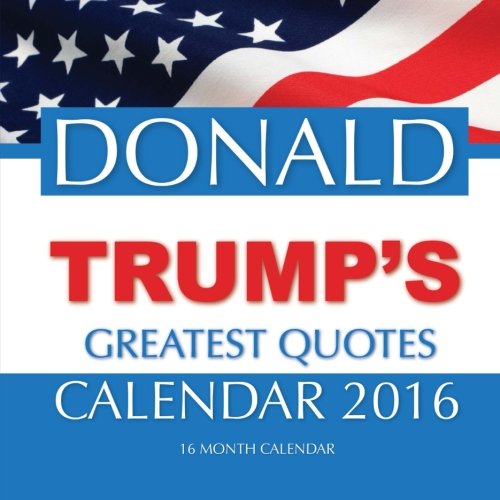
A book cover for DONALD TRUMP'S GREATEST QUOTES Calendar 2016: 16 Month Calendar; Jack Smith; Calendars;